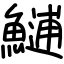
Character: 𩺼